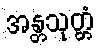
အန္တသုတ္တံ